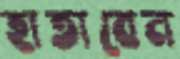
হাতাবেন